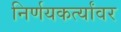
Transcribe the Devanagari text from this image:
निर्णयकर्त्यांवर